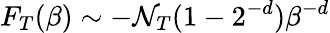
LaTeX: F_{T}(\beta)\sim-\mathcal{N}_{T}(1-2^{-d})\beta^{-d}